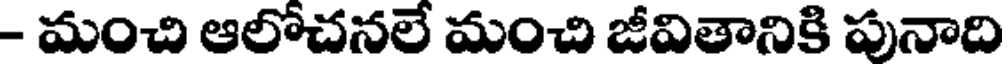
- మంచి ఆలోచనలే మంచి జీవితానికి పునాది